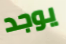
يوجد